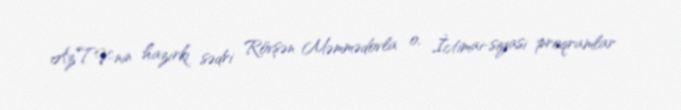
AzTV-nin hazırkı sədri Rövşən Məmmədovla o, İctimai-siyasi proqramlar